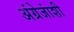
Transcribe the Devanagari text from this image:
अंग्रेजांशी